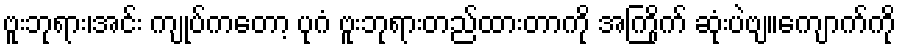
ဗူးဘုရား၊အင်း ကျုပ်ကတော့ ပုဂံ ဗူးဘုရားတည်ထားတာကို အကြိုက် ဆုံးပဲဗျ။ကျောက်ကို